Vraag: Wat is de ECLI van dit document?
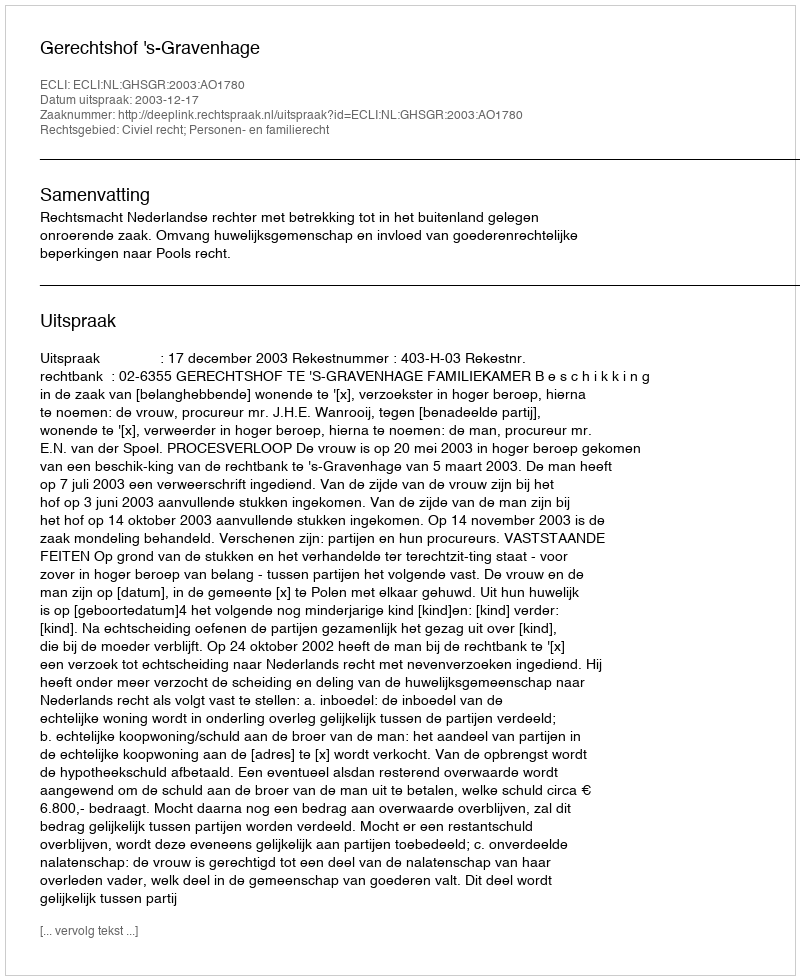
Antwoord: ECLI:NL:GHSGR:2003:AO1780